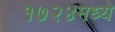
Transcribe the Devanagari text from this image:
१७२४मध्ये